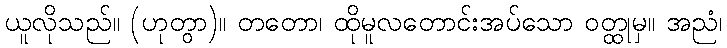
ယူလိုသည်။ (ဟုတွာ)။ တတော၊ ထိုမူလတောင်းအပ်သော ဝတ္ထုမှ။ အညံ၊